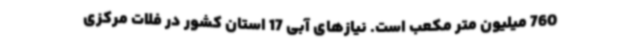
760 میلیون متر مکعب است. نیازهای ‌آبی 17 استان کشور در فلات مرکزی